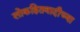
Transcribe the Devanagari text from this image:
लोकहितवादीच्या